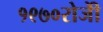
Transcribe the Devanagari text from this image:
१९७०रोजीे